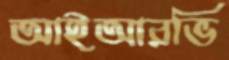
আইআরভি